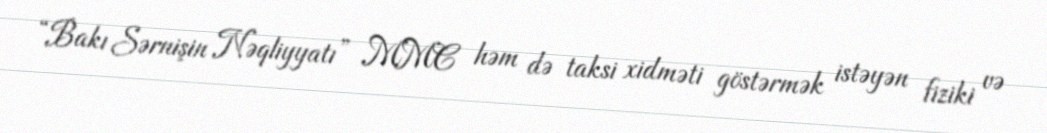
“Bakı Sərnişin Nəqliyyatı” MMC həm də taksi xidməti göstərmək istəyən fiziki və